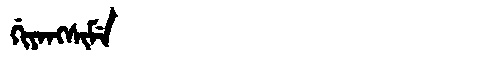
Manchu: ᡤᡳᠶᠠᠩᠰᡳᠮᡝ
Romanization: GIYANGSIME